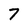
Character: 7